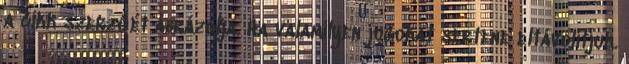
a cikk szerzőét ábrázolja. Ha valamilyen jogokat sértene eltávolítjuk.